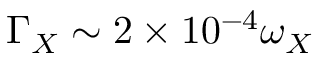
\Gamma _ { X } \sim 2 \times 1 0 ^ { - 4 } \omega _ { X }